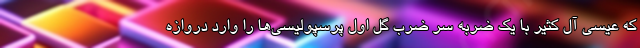
که عیسی آل کثیر با یک ضربه سر ضرب گل اول پرسپولیسی‌ها را وارد دروازه